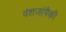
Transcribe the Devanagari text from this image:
वंशजांपैकी